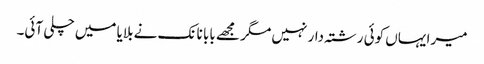
میرا یہاں کوئی رشتہ دار نہیں مگر مجھے بابا نانک نے بلایا میں چلی آئی۔